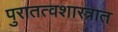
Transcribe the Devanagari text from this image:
पुरातत्वशास्त्रात